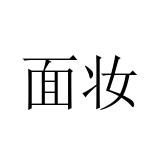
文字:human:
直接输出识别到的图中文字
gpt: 面妆